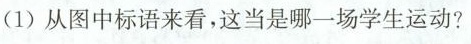
（1）从图中标语来看，这当是哪一场学生运动？